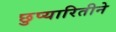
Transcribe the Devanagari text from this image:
छुप्यारितीने